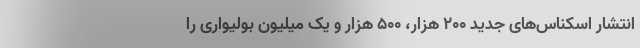
انتشار اسکناس‌های جدید 200 هزار، 500 هزار و یک میلیون بولیواری را